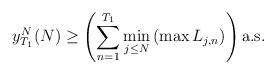
LaTeX: \begin{align*} y^N_{T_1}(N) \geq \left(\sum_{n=1}^{T_1} \min_{j \leq N} \left(\max L_{j,n}\right)\right) \mathrm{a.s.}\end{align*}